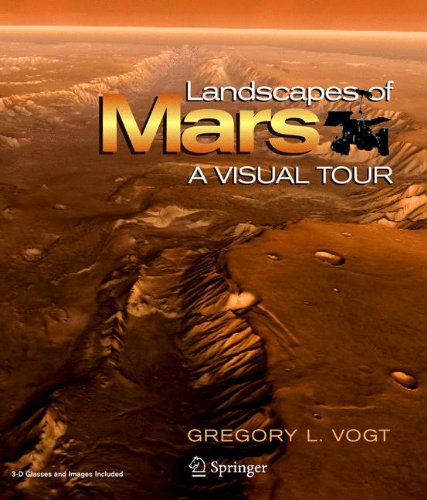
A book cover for Landscapes of Mars: A Visual Tour; Gregory L. Vogt; Science & Math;